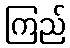
ကြည်